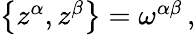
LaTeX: \begin{array}{r}{\left\{ z^{\alpha},z^{\beta}\right\} =\omega^{\alpha\beta}\, ,}\end{array}